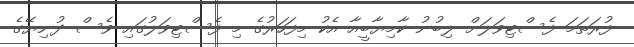
ފުރަތަމަ ފެސްޓިވަލަށް ލިބުނު ކާމިޔާބީއާ އެކު މިފަހަރުގެ މި ފެސްޓިވަލުގައި ވެސް ދުނިޔޭގެ